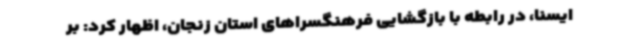
ایسنا، در رابطه با بازگشایی فرهنگسراهای استان زنجان، اظهار کرد: بر